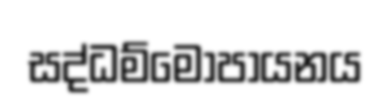
සද්ධම්මොපායනය